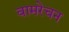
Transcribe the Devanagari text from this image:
वामरेचन